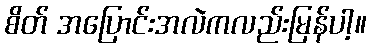
စိတ် အပြောင်းအလဲကလည်းမြန်ပါ့။